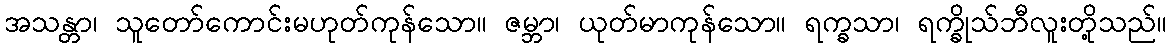
အသန္တာ၊ သူတော်ကောင်းမဟုတ်ကုန်သော။ ဇမ္ဘာ၊ ယုတ်မာကုန်သော။ ရက္ခသာ၊ ရက္ခိုသ်ဘီလူးတို့သည်။